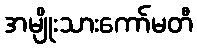
အမျိုးသားကော်မတီ